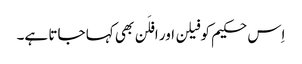
اِس حکیم کو فیلن اور افلَن بھی کہا جاتا ہے۔